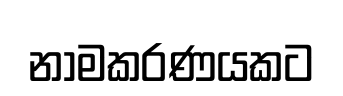
නාමකරණයකට